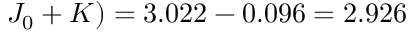
J _ { 0 } + K ) = 3 . 0 2 2 - 0 . 0 9 6 = 2 . 9 2 6